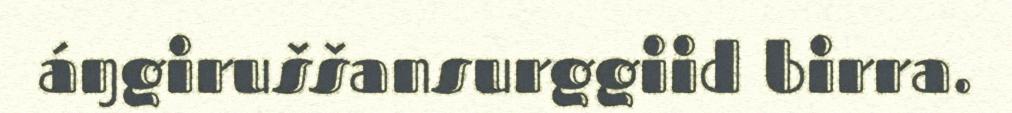
áŋgiruššansurggiid birra.